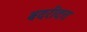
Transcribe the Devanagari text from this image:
बदरीदत्त